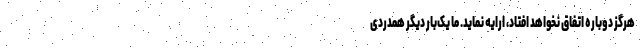
هرگز دوباره اتفاق نخواهد افتاد، ارایه نماید. ما یک‌بار دیگر همدردی